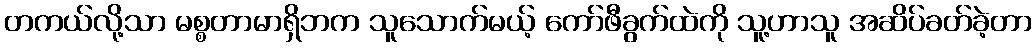
တကယ်လို့သာ မစ္စတာမာရှိဘက သူသောက်မယ့် ကော်ဖီခွက်ထဲကို သူ့ဟာသူ အဆိပ်ခတ်ခဲ့တာ